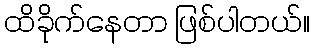
ထိခိုက်နေတာ ဖြစ်ပါတယ်။